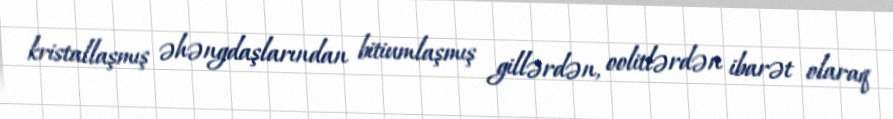
kristallaşmış əhəngdaşlarından bitiumlaşmış gillərdən, oolitlərdən ibarət olaraq